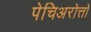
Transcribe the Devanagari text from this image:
पेचिअरोत्तो